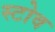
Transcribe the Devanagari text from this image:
स्‍टोव